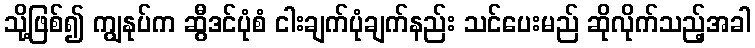
သို့ဖြစ်၍ ကျွနုပ်က ဆွီဒင်ပုံစံ ငါးချက်ပုံချက်နည်း သင်ပေးမည် ဆိုလိုက်သည့်အခါ